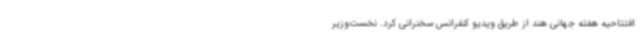
افتتاحیه هفته جهانی هند از طریق ویدیو کنفرانس سخنرانی کرد. نخست‌وزیر